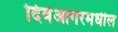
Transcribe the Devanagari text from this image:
दिवेआगरमधील